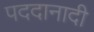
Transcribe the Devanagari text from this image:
पददानादी